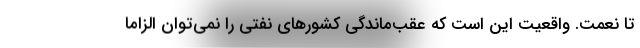
تا نعمت. واقعیت این است که عقب‌ماندگی کشورهای نفتی را نمی‌توان الزاما